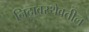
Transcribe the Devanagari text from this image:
निद्रावस्थेवतील